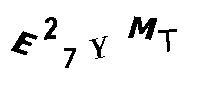
E27YMT